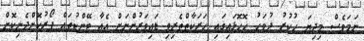
ނަމަވެސް މިދިޔަ ހުކުރު ދުވަހު ހޮހޮޅައިގައި ހަރަކާތްތެރިވި ޑައިވަރުންނަށް އެއާ ޓޭންކުތައް ފޯރުކޮށްދެނިކޮށް